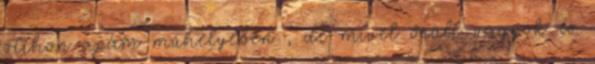
otthon apám műhelyében , de mivel őrült vagyok és